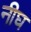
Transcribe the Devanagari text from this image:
नीघ